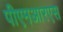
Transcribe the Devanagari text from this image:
पीएमआरएस